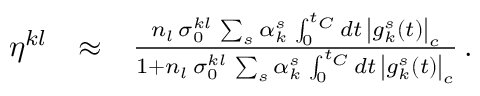
\begin{array} { r l r } { \eta ^ { k l } } & { \approx } & { \frac { n _ { l } \, \sigma _ { 0 } ^ { k l } \, \sum _ { s } \alpha _ { k } ^ { s } \, \int _ { 0 } ^ { t _ { C } } d t \, \left| g _ { k } ^ { s } ( t ) \right| _ { c } } { 1 + n _ { l } \, \sigma _ { 0 } ^ { k l } \, \sum _ { s } \alpha _ { k } ^ { s } \, \int _ { 0 } ^ { t _ { C } } d t \, \left| g _ { k } ^ { s } ( t ) \right| _ { c } } \, . } \end{array}